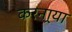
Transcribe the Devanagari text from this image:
करनार्‍या